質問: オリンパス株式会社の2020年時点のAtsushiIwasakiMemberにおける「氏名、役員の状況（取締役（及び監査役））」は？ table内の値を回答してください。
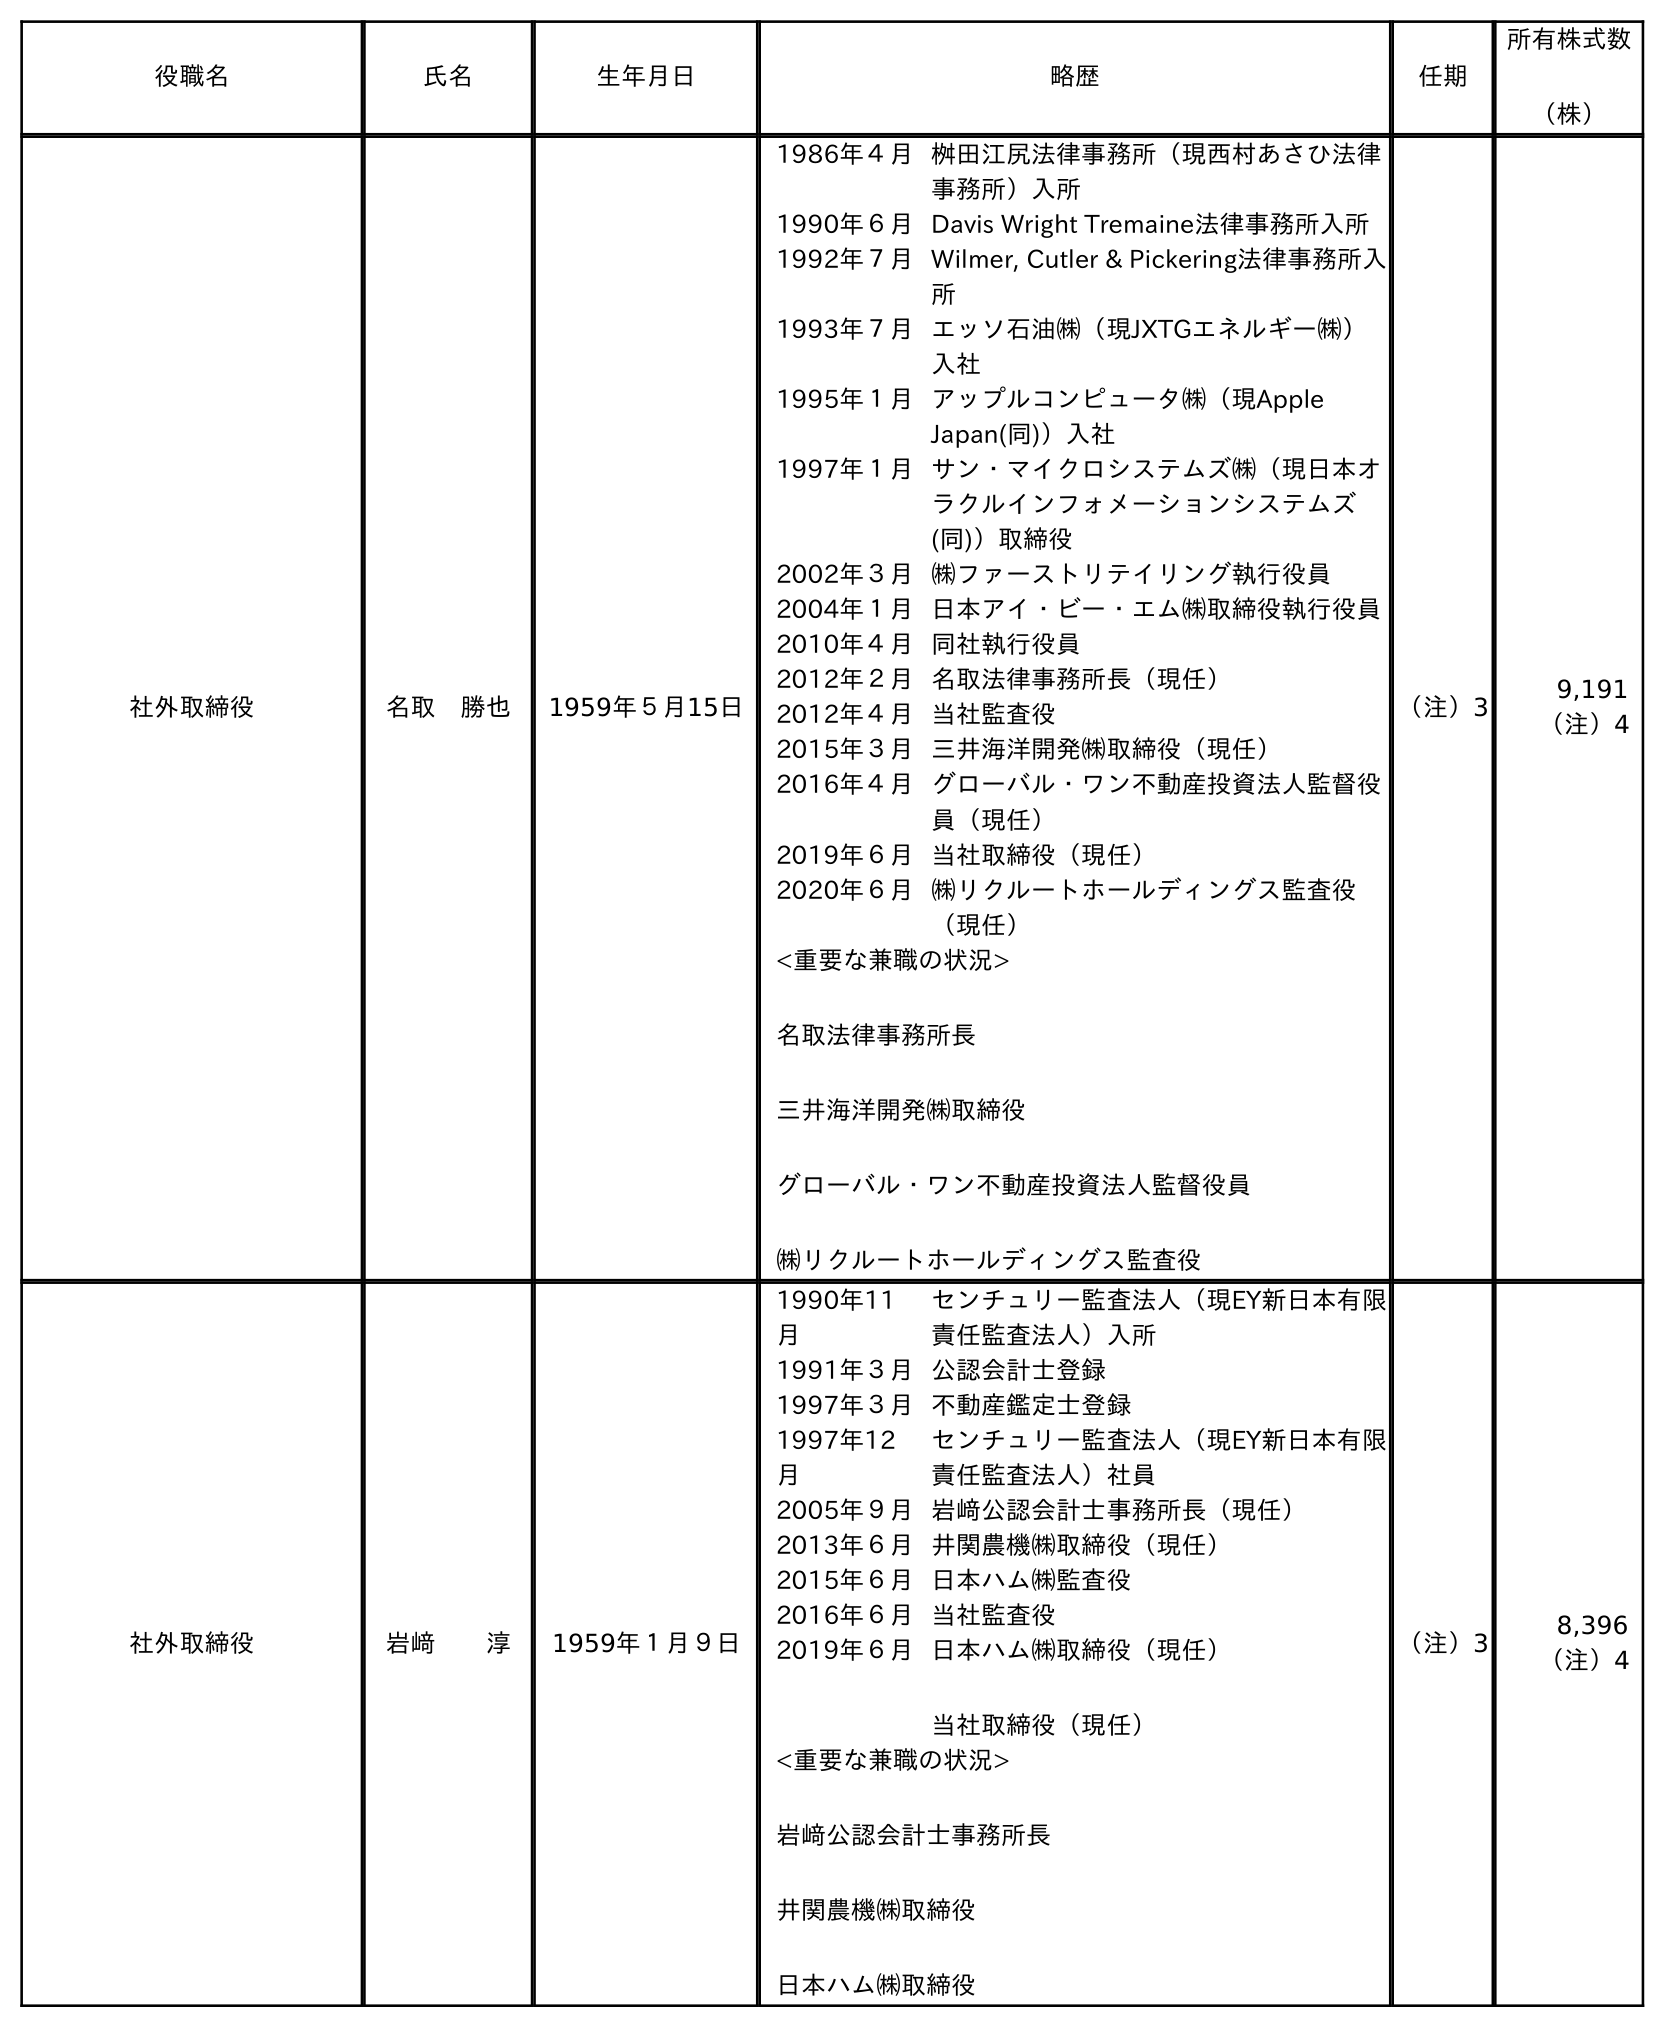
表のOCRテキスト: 役職名 氏名 生年月日 略歴 任期 所有株式数 （株） 社外取締役 名取 勝也 1959年５月15日 1986年４月桝田江尻法律事務所（現西村あさひ法律 事務所）入所 1990年６月Davis Wright Tremaine法律事務所入所 1992年７月Wilmer, Cutler & Pickering法律事務所入 所 1993年７月エッソ石油㈱（現JXTGエネルギー㈱） 入社 1995年１月アップルコンピュータ㈱（現Apple Japan(同)）入社 1997年１月サン・マイクロシステムズ㈱（現日本オ ラクルインフォメーションシステムズ (同)）取締役 2002年３月㈱ファーストリテイリング執行役員 2004年１月日本アイ・ビー・エム㈱取締役執行役員 2010年４月同社執行役員 2012年２月名取法律事務所長（現任） 2012年４月当社監査役 2015年３月三井海洋開発㈱取締役（現任） 2016年４月グローバル・ワン不動産投資法人監督役 員（現任） 2019年６月当社取締役（現任） 2020年６月㈱リクルートホールディングス監査役 （現任） <重要な兼職の状況> 名取法律事務所長 三井海洋開発㈱取締役 グローバル・ワン不動産投資法人監督役員 ㈱リクルートホールディングス監査役 （注）3 9,191 （注）4 社外取締役 岩﨑  淳 1959年１月９日 1990年11 月 センチュリー監査法人（現EY新日本有限 責任監査法人）入所 1991年３月公認会計士登録 1997年３月不動産鑑定士登録 1997年12 月 センチュリー監査法人（現EY新日本有限 責任監査法人）社員 2005年９月岩﨑公認会計士事務所長（現任） 2013年６月井関農機㈱取締役（現任） 2015年６月日本ハム㈱監査役 2016年６月当社監査役 2019年６月日本ハム㈱取締役（現任） 当社取締役（現任） <重要な兼職の状況> 岩﨑公認会計士事務所長 井関農機㈱取締役 日本ハム㈱取締役 （注）3 8,396 （注）4
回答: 岩﨑淳